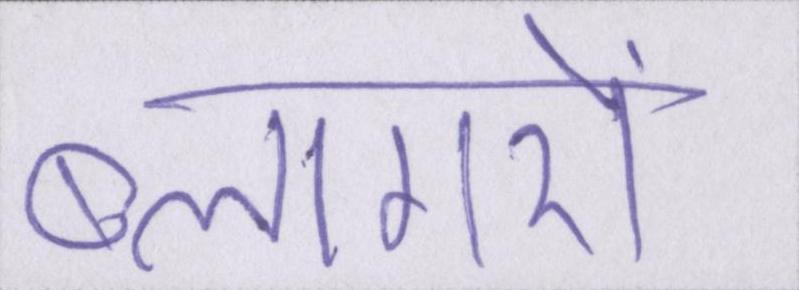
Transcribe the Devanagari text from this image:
ब्लागरों